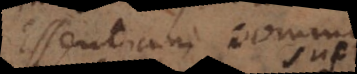
Essentiam communem